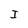
Character: I